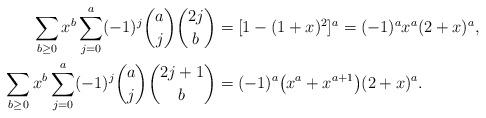
LaTeX: \begin{align*}\sum_{b\ge 0}x^b\sum_{j=0}^a(-1)^j\binom{a}{j}\binom{2j}{b}&=[1-(1+x)^2]^a=(-1)^a x^a(2+x)^a,\\\sum_{b\ge 0}x^b\sum_{j=0}^a(-1)^j\binom{a}{j}\binom{2j+1}{b}&=(-1)^a\bigl(x^a+x^{a+1}\bigr)(2+x)^a.\end{align*}